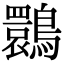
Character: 䴉